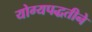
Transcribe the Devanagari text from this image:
योग्यपद्धतीने